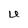
Character: U